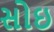
સોઇ